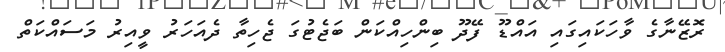
ރޮޒޭނާގެ ވާހަކައިގައި އައްޑޫ ފޭދޫ ބިންހިއްކަން ބަޖެޓުގަ ޖެހިތާ ދެއަހަރު ވީއިރު މަސައްކަތް